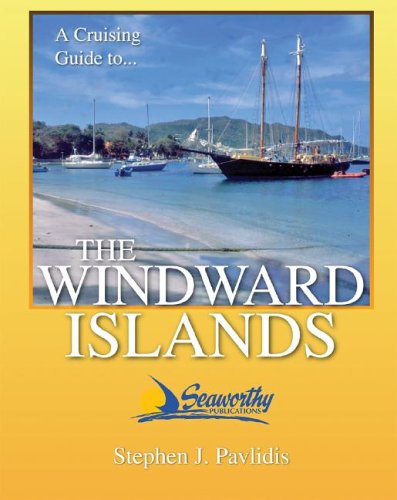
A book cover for A Cruising Guide To The Windward Islands: Martinique, St. Lucia, St. Vincent & The Grenadines, Carriacou, Grenada, Barbados; Stephen J. Pavlidis; Travel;